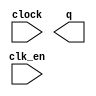
module cnt_32 (
	clk_en,
	clock,
	q);

	input	  clk_en;
	input	  clock;
	output	[31:0]  q;

endmodule